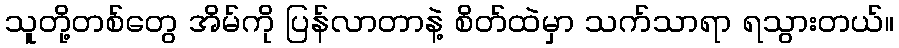
သူတို့တစ်တွေ အိမ်ကို ပြန်လာတာနဲ့ စိတ်ထဲမှာ သက်သာရာ ရသွားတယ်။